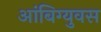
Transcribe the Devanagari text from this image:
आंबिग्युवस